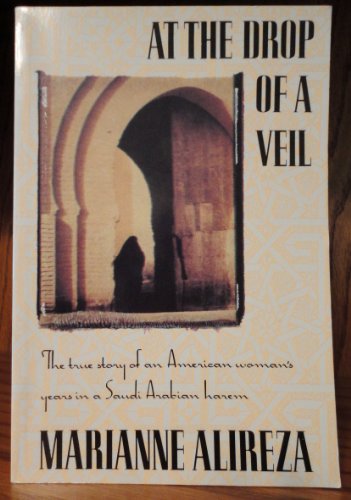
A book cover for At the Drop of a Veil; Marianne Alireza; Travel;